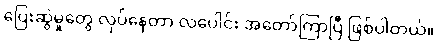
ပြေးဆွဲမှုတွေ လုပ်နေတာ လပေါင်း အတော်ကြာပြီ ဖြစ်ပါတယ်။